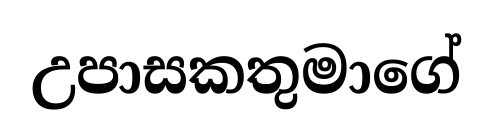
උපාසකතුමාගේ